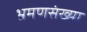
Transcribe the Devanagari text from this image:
भ्रमणसंख्या